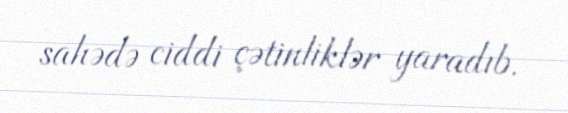
sahədə ciddi çətinliklər yaradıb.